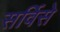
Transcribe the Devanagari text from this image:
सर्विसे